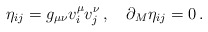
\begin{align*}\eta_{ij}=g_{\mu\nu}v^{\mu}_{i}v^{\nu}_{j}\,,\quad\partial_{M}\eta_{ij} =0\,.\end{align*}